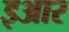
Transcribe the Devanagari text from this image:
इआर